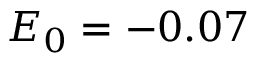
E _ { 0 } = - 0 . 0 7